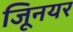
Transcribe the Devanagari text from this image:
जूिनयर